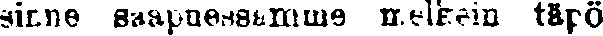
sinne saapuessamme melkein täpö